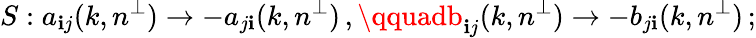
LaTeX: S:a_{\mathbf{i}j}(k,n^{\perp})\rightarrow-a_{j\mathbf{i}}(k,n^{\perp})\, ,\qquadb_{\mathbf{i}j}(k,n^{\perp})\rightarrow-b_{j\mathbf{i}}(k,n^{\perp})\, ;